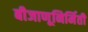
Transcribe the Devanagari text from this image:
बीजाणूनिर्मिती